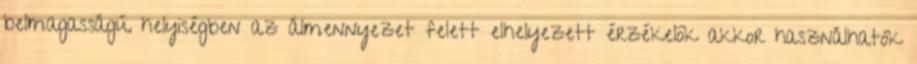
belmagasságú helyiségben az álmennyezet felett elhelyezett érzékelõk akkor használhatók